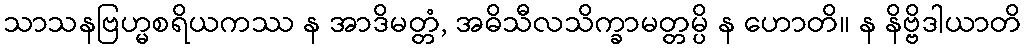
သာသနဗြဟ္မစရိယကဿ န အာဒိမတ္တံ, အဓိသီလသိက္ခာမတ္တမ္ပိ န ဟောတိ။ န နိဗ္ဗိဒါယာတိ